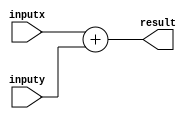
// adder.v

// a simple adder

module adder #(
  parameter DATA_WIDTH = 32
)(
  input [DATA_WIDTH-1:0] inputx,
  input [DATA_WIDTH-1:0] inputy,

  output reg [DATA_WIDTH-1:0] result
);

always @(*) begin
  result = inputx + inputy;
end

endmodule